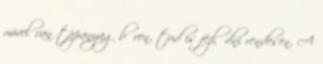
mivel van tápanyag bőven, tud is fejlődni rendesen. A